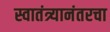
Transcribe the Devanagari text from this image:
स्वातंत्र्यानंतरचा